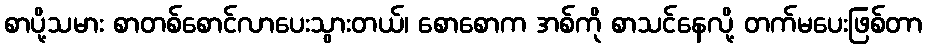
စာပို့သမား စာတစ်စောင်လာပေးသွားတယ်၊ စောစောက အစ်ကို စာသင်နေလို့ တက်မပေးဖြစ်တာ